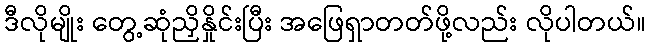
ဒီလိုမျိုး တွေ့ဆုံညှိနှိုင်းပြီး အဖြေရှာတတ်ဖို့လည်း လိုပါတယ်။